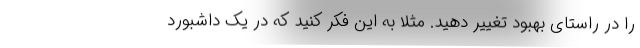
را در راستای بهبود تغییر دهید. مثلا به این فکر کنید که در یک داشبورد